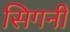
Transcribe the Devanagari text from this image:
सिगनी